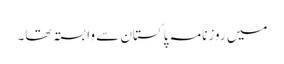
میں روزنامہ پاکستان سے وابستہ تھا۔